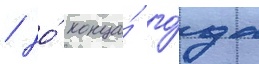
/ до́ конца́ го́да